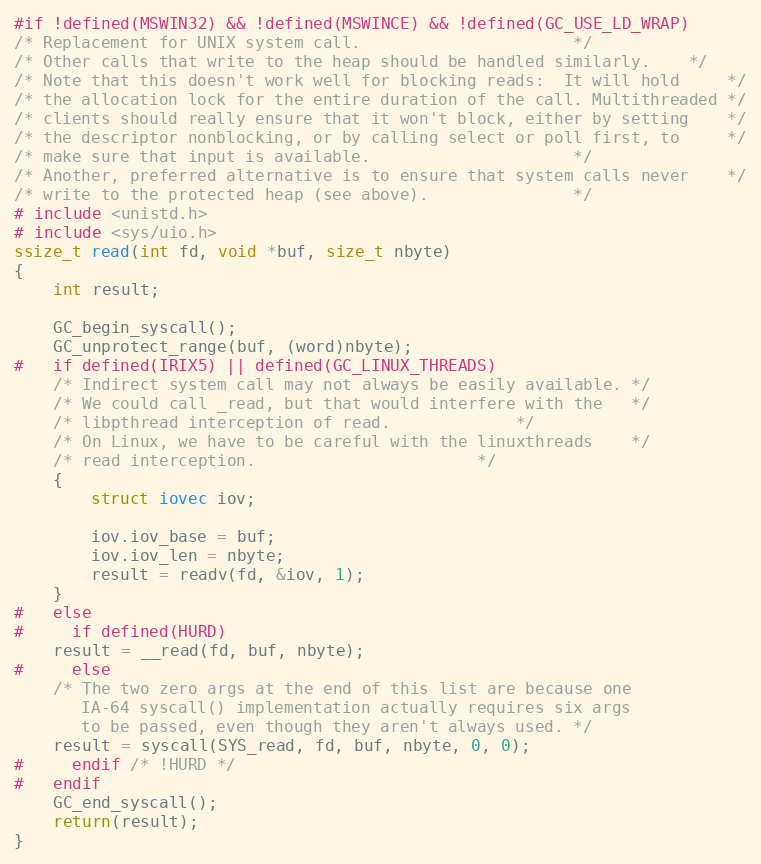
Language: C
#if !defined(MSWIN32) && !defined(MSWINCE) && !defined(GC_USE_LD_WRAP)
/* Replacement for UNIX system call.					  */
/* Other calls that write to the heap should be handled similarly.	  */
/* Note that this doesn't work well for blocking reads:  It will hold	  */
/* the allocation lock for the entire duration of the call. Multithreaded */
/* clients should really ensure that it won't block, either by setting 	  */
/* the descriptor nonblocking, or by calling select or poll first, to	  */
/* make sure that input is available.					  */
/* Another, preferred alternative is to ensure that system calls never 	  */
/* write to the protected heap (see above).				  */
# include <unistd.h>
# include <sys/uio.h>
ssize_t read(int fd, void *buf, size_t nbyte)
{
    int result;

    GC_begin_syscall();
    GC_unprotect_range(buf, (word)nbyte);
#   if defined(IRIX5) || defined(GC_LINUX_THREADS)
	/* Indirect system call may not always be easily available.	*/
	/* We could call _read, but that would interfere with the	*/
	/* libpthread interception of read.				*/
	/* On Linux, we have to be careful with the linuxthreads	*/
	/* read interception.						*/
	{
	    struct iovec iov;

	    iov.iov_base = buf;
	    iov.iov_len = nbyte;
	    result = readv(fd, &iov, 1);
	}
#   else
#     if defined(HURD)
	result = __read(fd, buf, nbyte);
#     else
	/* The two zero args at the end of this list are because one
	   IA-64 syscall() implementation actually requires six args
	   to be passed, even though they aren't always used. */
	result = syscall(SYS_read, fd, buf, nbyte, 0, 0);
#     endif /* !HURD */
#   endif
    GC_end_syscall();
    return(result);
}